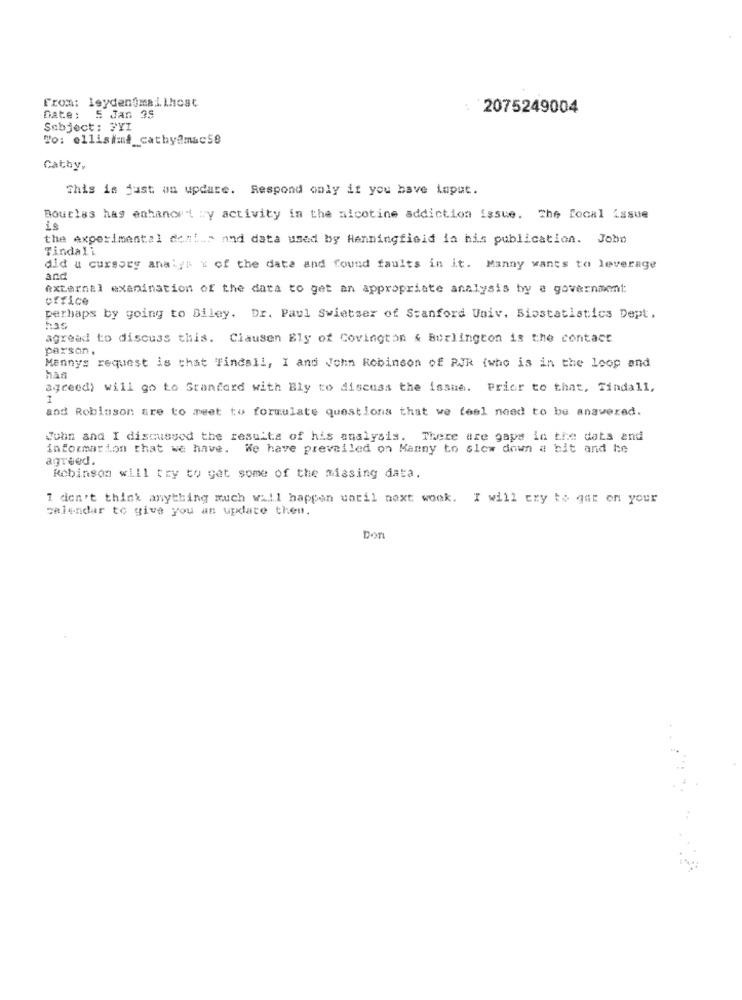
From: leydenGmailhost
2075249004
Date: 5 Jan 35
Subject: FYI
To: ellisims cathy@mac58
Cathy,
This is just an update. Respond only if you have toput.
Boucles has enhancet wy activity in the nicotine addiction issue. The local issue
is
the experimental denis and data used by Henningfield in his publication. John
Tindali
did u cursory analyt % of the date and found faults in it. Manny wants to leverage
and
external examination of the data to get an appropriate analysis by a government
office
perhaps by going to Biley, Dr. Paul Swietser of Stanford Univ. Biostatistics Dept.
has
agreed to discuss this. Clausen Bly of Covington & Burlington is the contact
parson.
Mannys request is that Tindall, I and John Robinson of RJR (who is in the loop and
han
agreed) will go to Stanford with Bly to discuss the issue. Prior to that, Tindall,
1
and Robinson are to meet to formulate questions that we feel need to be answered.
John and I discussed the results of his analysis. There are gaps in the dats and
information that we have. We have prevailed on Manny to slow down a bit and he
agreed.
Robinson will try to get some of the missing data.
I don't think anything much will happen caril next wook. I will try to get on your
calendar to give you an update then.
Dor